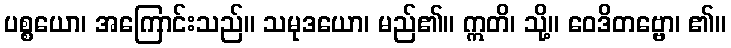
ပစ္စယော၊ အကြောင်းသည်။ သမုဒယော၊ မည်၏။ ဣတိ၊ သို့။ ဝေဒိတဗ္ဗော၊ ၏။